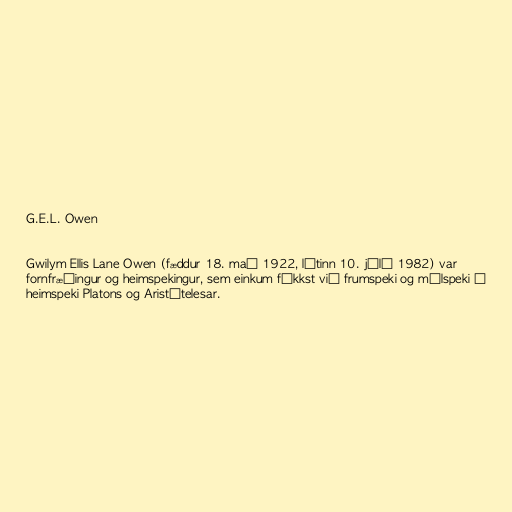
G.E.L. Owen

Gwilym Ellis Lane Owen (fæddur 18. maí 1922, látinn 10. júlí 1982) var
fornfræðingur og heimspekingur, sem einkum fékkst við frumspeki og málspeki í
heimspeki Platons og Aristótelesar.